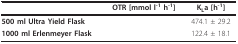
<table><thead><tr><td>[EMPTY_CELL]</td><td><b>OTR [mmol l<sup>-1 </sup>h<sup>-1</sup>]</b></td><td><b>K<sub>L</sub>a [h<sup>-1</sup>]</b></td></tr></thead><tbody><tr><td><b>500 ml Ultra Yield Flask</b></td><td>[EMPTY_CELL]</td><td>474.1 ± 29.2</td></tr><tr><td><b>1000 ml Erlenmeyer Flask</b></td><td>[EMPTY_CELL]</td><td>122.4 ± 18.1</td></tr></tbody></table>